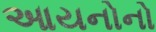
આયનોનો